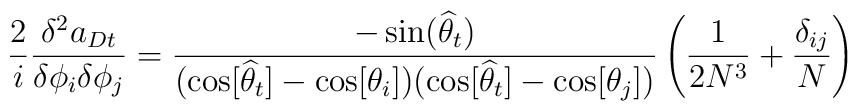
\frac{2}{i} \frac{\delta ^2 a_{Dt} }{\delta \phi_i \delta \phi_j}=\frac{-\sin(\widehat{\theta}_t)}{( \cos [\widehat{\theta}_t] -\cos[\theta_i])( \cos [\widehat{\theta}_t] - \cos[\theta_j])}\left( \frac{1}{2 N^3} +\frac{\delta_{ij}}{N} \right)